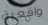
واقعية